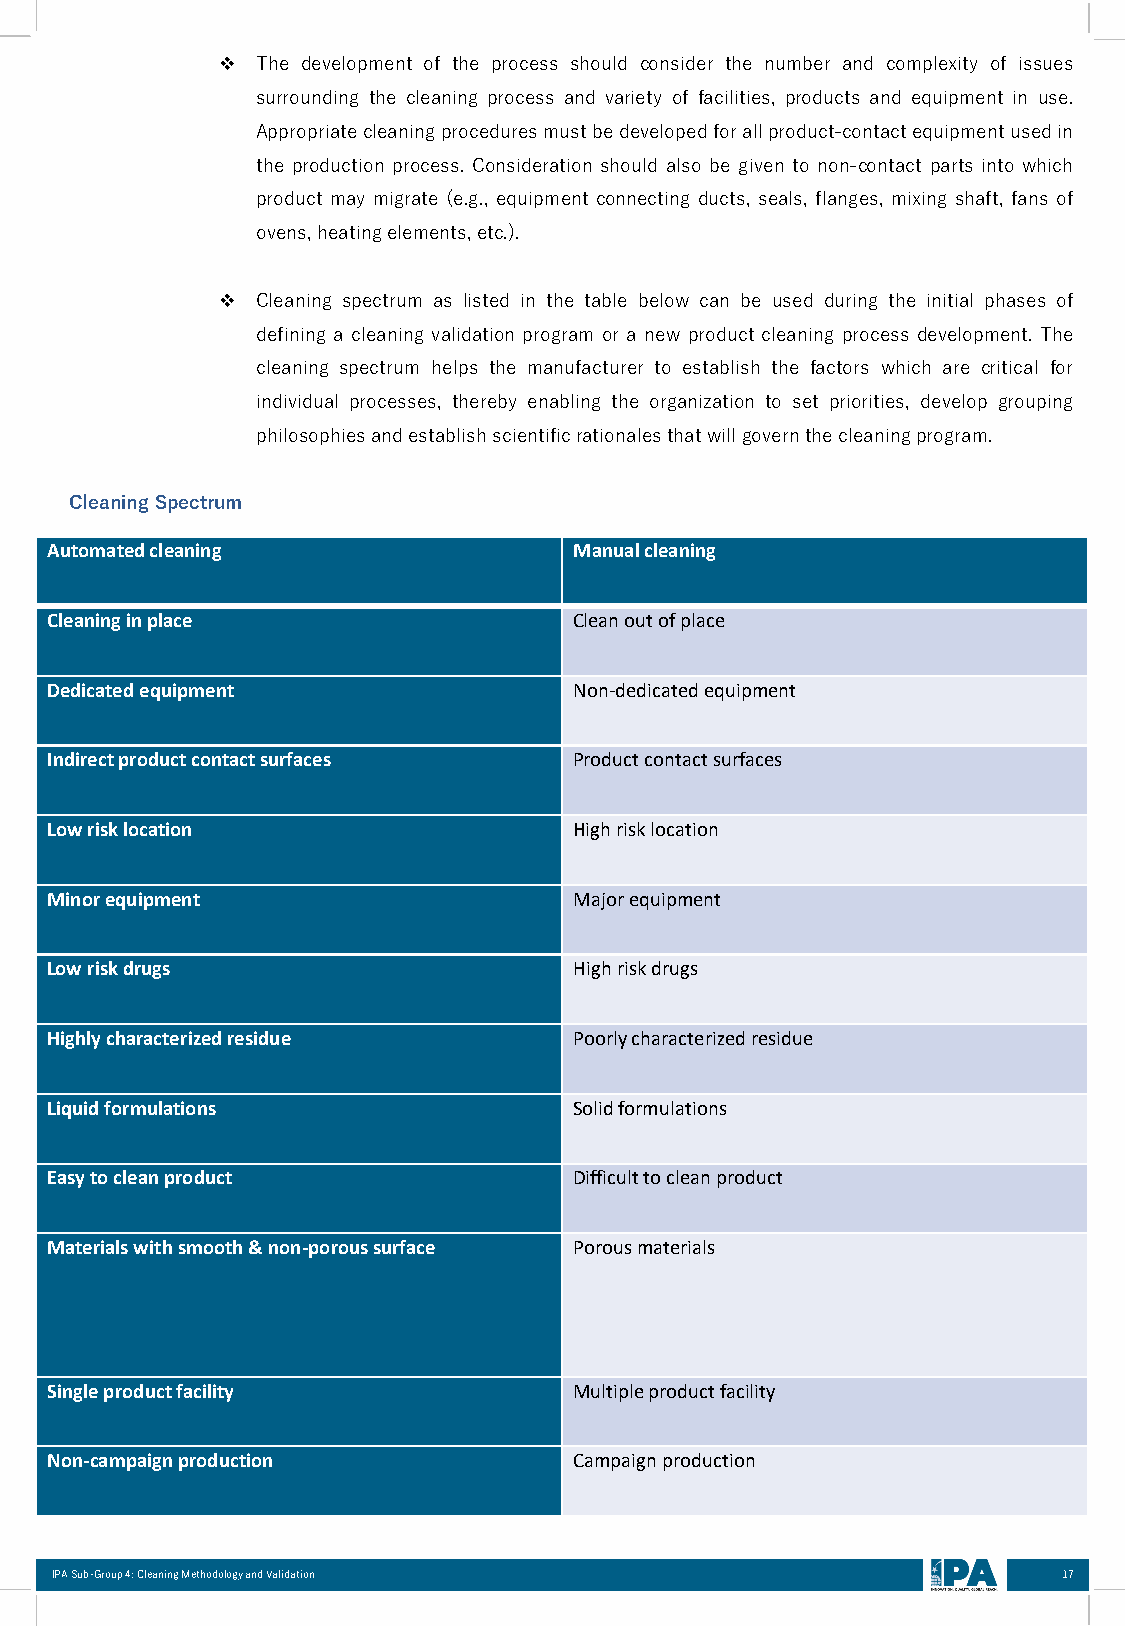
❖  The development of the process should consider the number and complexity of issues
 surrounding the cleaning process and variety of facilities, products and equipment in use.
 Appropriatecleaningproceduresmustbedevelopedforallproduct-contactequipmentusedin
 the production process. Consideration should also be given to non-contact parts into which
 product may migrate (e.g., equipment connecting ducts, seals, flanges, mixing shaft, fans of
 ovens,heatingelements,etc.).
 ❖  Cleaning spectrum as listed in the table below can be used during the initial phases of
 defining a cleaning validation program or a new product cleaning process development. The
 cleaning spectrum helps the manufacturer to establish the factors which are critical for
 individual processes, thereby enabling the organization to set priorities, develop grouping
 philosophiesandestablishscientificrationalesthatwillgovernthecleaningprogram.
 Cleaning Spectrum
 Automated cleaning                 Manual cleaning
 Cleaning in place                  Clean out of place
 Dedicated equipment                Non-dedicated equipment
 Indirect product contact surfaces  Product contact surfaces
 Low risk location                  High risk location
 Minor equipment                    Major equipment
 Low risk drugs                     High risk drugs
 Highly characterized residue       Poorly characterized residue
 Liquid formulations                Solid formulations
 Easy to clean product              Difficult to clean product
 Materials with smooth & non-porous surface Porous materials
 Single product facility            Multiple product facility
 Non-campaign production            Campaign production
 IPA Sub-Group 4: Cleaning Methodology and Validation               17